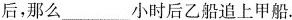
后，那么___小时后乙船追上甲船.